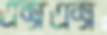
এক্সএক্স